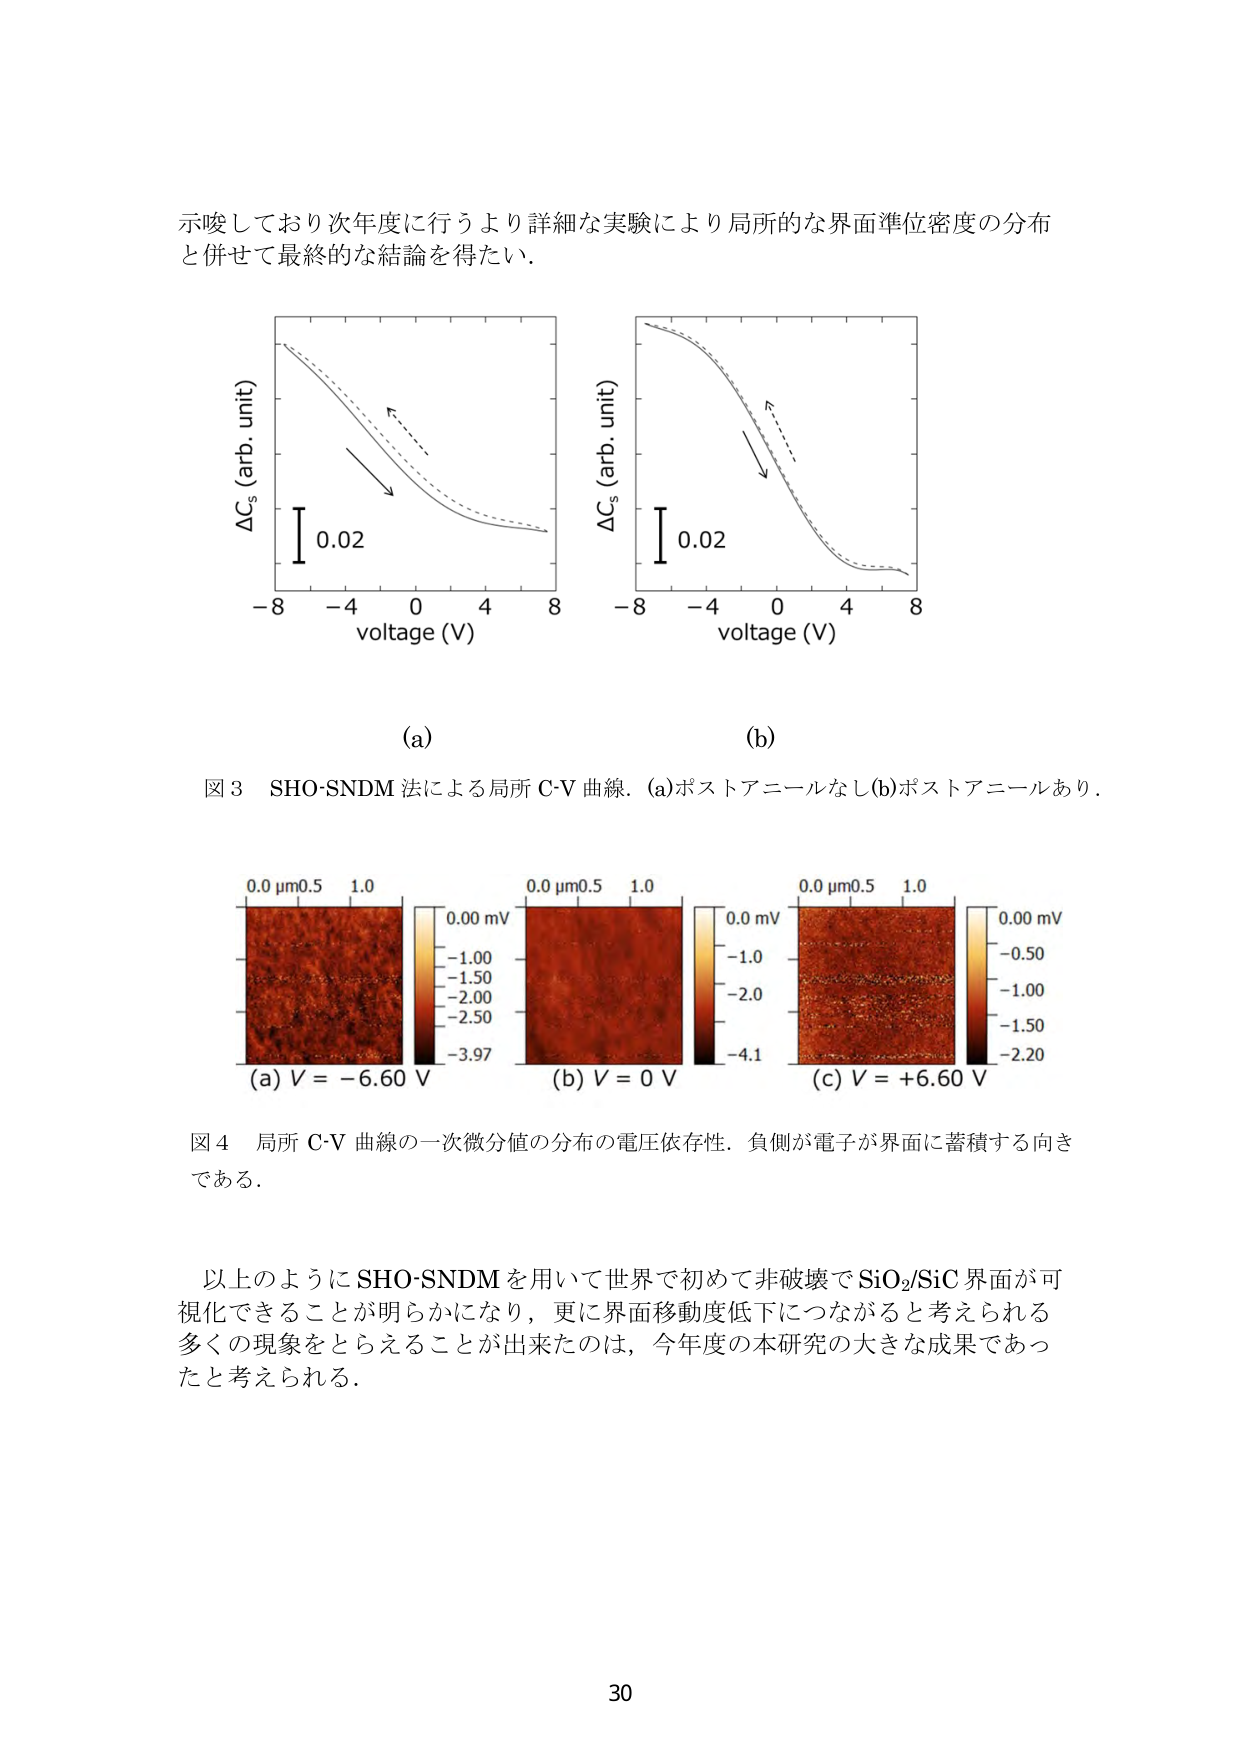
示唆しており次年度に行うより詳細な実験により局所的な界面準位密度の分布
と併せて最終的な結論を得たい。

ΔC_s (arb. unit)
0.02
-8 -4 0 4 8
voltage (V)
(a)

ΔC_s (arb. unit)
0.02
-8 -4 0 4 8
voltage (V)
(b)

図3 SHO-SNDM 法による局所 C-V 曲線．(a)ポストアニールなし(b)ポストアニールあり．

0.0 μm 0.5 1.0
0.00 mV
-1.00
-1.50
-2.00
-2.50
-3.97
(a) V = -6.60 V

0.0 μm 0.5 1.0
0.0 mV
-1.0
-2.0
-4.1
(b) V = 0 V

0.0 μm 0.5 1.0
0.00 mV
-0.50
-1.00
-1.50
-2.20
(c) V = +6.60 V

図4 局所 C-V 曲線の一次微分値の分布の電圧依存性．負側が電子が界面に蓄積する向き
である．

以上のようにSHO-SNDMを用いて世界で初めて非破壊でSiO₂/SiC界面が可
視化できることが明らかになり，更に界面移動度低下につながると考えられる
多くの現象をとらえることが出来たのは，今年度の本研究の大きな成果であっ
たと考えられる．

30